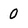
Character: 0